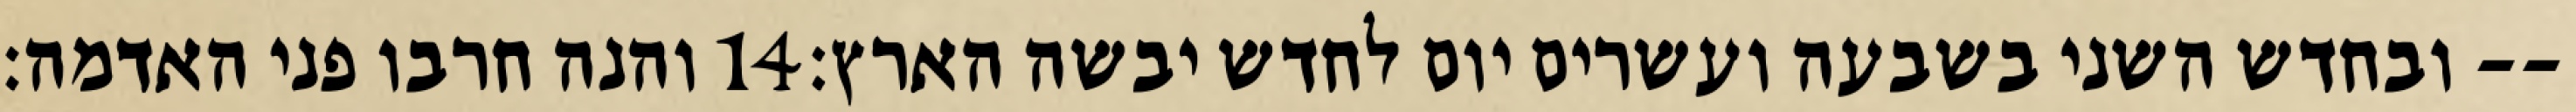
והנה חרבו פני האדמה׃ ‎14‏ ובחדש השני בשבעה ועשרים יום לחדש יבשה הארץ׃--